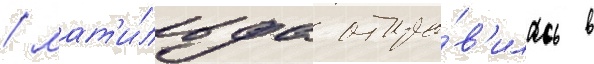
/ мат'и́льда отпра́в'илась в